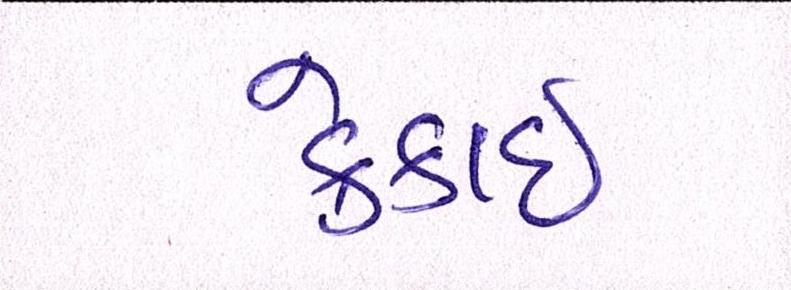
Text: ક્રેકાઇ